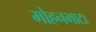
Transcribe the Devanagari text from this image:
मोहनभाटा